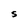
Character: S